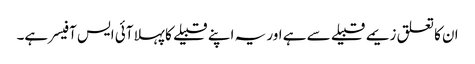
ان کا تعلق زیمے قبیلے سے ہے اور یہ اپنے قبیلے کا پہلا آئی ایس آفیسر ہے۔